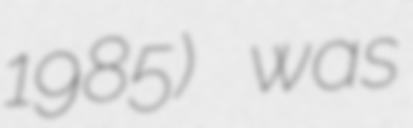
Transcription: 1985) was